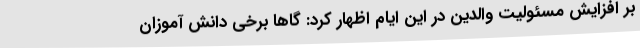
بر افزایش مسئولیت والدین در این ایام اظهار کرد: گاها برخی دانش آموزان